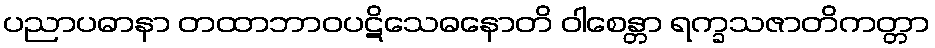
ပညာပဓာနာ တထာဘာဝပဋိသေဓနောတိ ဝါစေန္တာ ရက္ခသဇာတိကတ္တာ